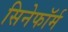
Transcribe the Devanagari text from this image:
सिनेफॉर्म